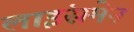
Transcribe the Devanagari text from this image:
लाइंसमेन